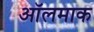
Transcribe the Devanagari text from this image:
ऑलमाक